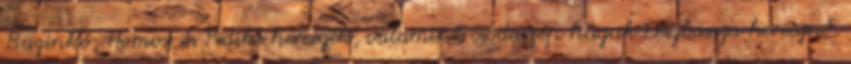
Buzinkó, Homox és Pedike hercegek, valamint csodaszép húguk.Leszbassza hercegnő.